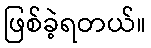
ဖြစ်ခဲ့ရတယ်။